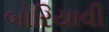
બોરિયાવી